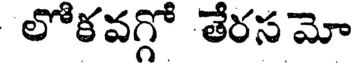
లోకవగ్గో తేరస మో